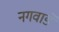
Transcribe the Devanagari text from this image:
नगवाडे